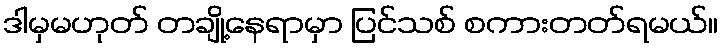
ဒါမှမဟုတ် တချို့နေရာမှာ ပြင်သစ် စကားတတ်ရမယ်။